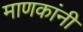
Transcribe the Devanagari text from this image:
माणकांनी